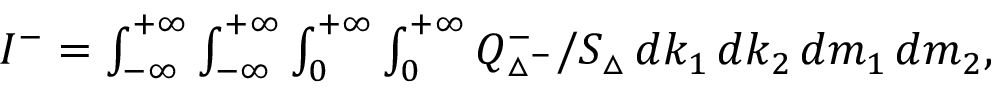
\begin{array} { r } { I ^ { - } = \int \displaylimits _ { - \infty } ^ { + \infty } \int \displaylimits _ { - \infty } ^ { + \infty } \int \displaylimits _ { 0 } ^ { + \infty } \int \displaylimits _ { 0 } ^ { + \infty } Q _ { \triangle ^ { - } } ^ { - } / S _ { \triangle } \, d k _ { 1 } \, d k _ { 2 } \, d m _ { 1 } \, d m _ { 2 } , } \end{array}